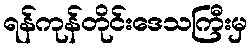
ရန်ကုန်တိုင်းဒေသကြီးမှ